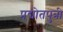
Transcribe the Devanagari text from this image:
प्रद्योतपुत्री